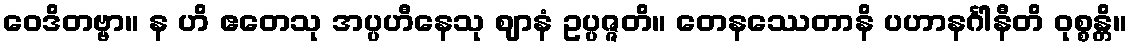
ဝေဒိတဗ္ဗာ။ န ဟိ ဧတေသု အပ္ပဟီနေသု ဈာနံ ဥပ္ပဇ္ဇတိ။ တေနဿေတာနိ ပဟာနင်္ဂါနီတိ ဝုစ္စန္တိ။